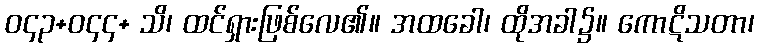
ဝ၄၃+ဝ၄၄+ သိ၊ ထင်ရှားဖြစ်လေ၏။ အထခေါ၊ ထိုအခါ၌။ ကောဋိသတာ၊